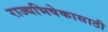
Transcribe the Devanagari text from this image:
राज्यभिषेकासाठी